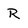
Character: R